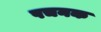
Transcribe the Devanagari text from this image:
पचनक